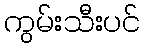
ကွမ်းသီးပင်